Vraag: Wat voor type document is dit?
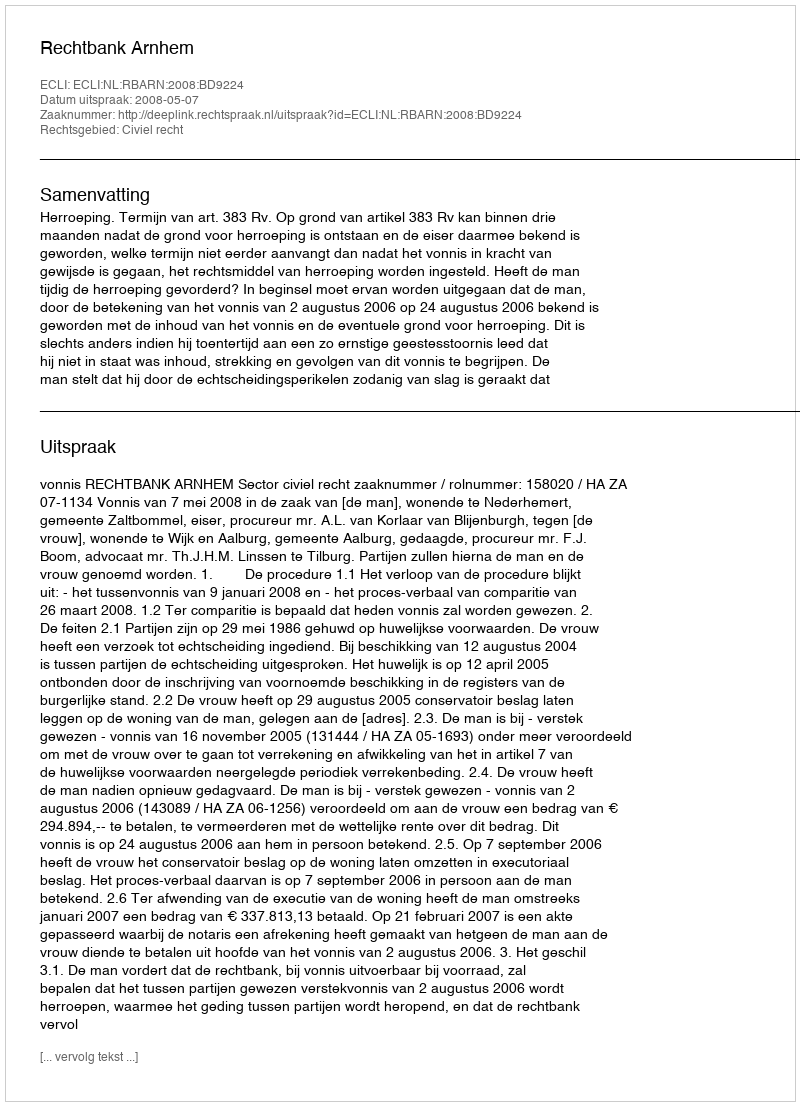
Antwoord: Uitspraak